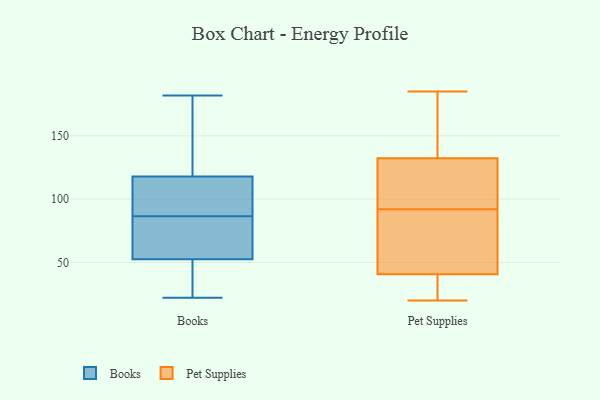
{"axis": {"x": "Net Income (USD K)", "y": "Value"}, "legend": ["Books", "Pet Supplies"], "data": [{"x": "", "y": 92, "type": "Books"}, {"x": "", "y": 22, "type": "Books"}, {"x": "", "y": 33, "type": "Books"}, {"x": "", "y": 182, "type": "Books"}, {"x": "", "y": 68, "type": "Books"}, {"x": "", "y": 113, "type": "Books"}, {"x": "", "y": 44, "type": "Books"}, {"x": "", "y": 111, "type": "Books"}, {"x": "", "y": 87, "type": "Books"}, {"x": "", "y": 86, "type": "Books"}, {"x": "", "y": 123, "type": "Books"}, {"x": "", "y": 61, "type": "Books"}, {"x": "", "y": 78, "type": "Books"}, {"x": "", "y": 37, "type": "Books"}, {"x": "", "y": 166, "type": "Books"}, {"x": "", "y": 141, "type": "Books"}, {"x": "", "y": 80, "type": "Pet Supplies"}, {"x": "", "y": 106, "type": "Pet Supplies"}, {"x": "", "y": 124, "type": "Pet Supplies"}, {"x": "", "y": 31, "type": "Pet Supplies"}, {"x": "", "y": 175, "type": "Pet Supplies"}, {"x": "", "y": 110, "type": "Pet Supplies"}, {"x": "", "y": 39, "type": "Pet Supplies"}, {"x": "", "y": 185, "type": "Pet Supplies"}, {"x": "", "y": 135, "type": "Pet Supplies"}, {"x": "", "y": 32, "type": "Pet Supplies"}, {"x": "", "y": 46, "type": "Pet Supplies"}, {"x": "", "y": 92, "type": "Pet Supplies"}, {"x": "", "y": 20, "type": "Pet Supplies"}, {"x": "", "y": 172, "type": "Pet Supplies"}, {"x": "", "y": 77, "type": "Pet Supplies"}]}